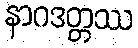
နာဂဒတ္တဿ